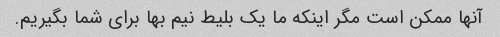
آنها ممکن است مگر اینکه ما یک بلیط نیم بها برای شما بگیریم.